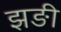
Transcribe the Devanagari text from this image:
झङी